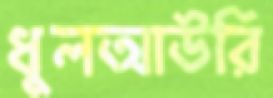
ধুলআউরি